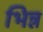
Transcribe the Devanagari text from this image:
भिन्न